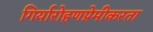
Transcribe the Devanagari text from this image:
गिर्यारोहणप्रेमीकरता